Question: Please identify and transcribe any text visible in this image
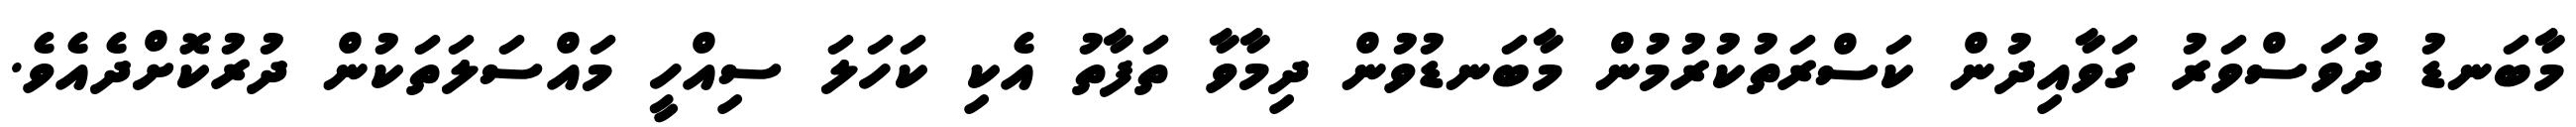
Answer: މާބަނޑު ދުވަސްވަރު ގަވާއިދުން ކަސްރަތުކުރުމުން މާބަނޑުވުން ދިމާވާ ތަފާތު އެކި ކަހަލަ ސިއްހީ މައްސަލަތަކުން ދުރުކޮށްދެއެވެ.